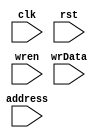
// This program was cloned from: https://github.com/kasrahj/Computer-Aided-Design
// License: MIT License

module Ofm(clk,rst, address, wrData, wren);
	input clk;
	input rst;
	input[7:0] address;
	input[7:0] wrData;
	input wren;

	reg [7:0] mem[0:127][0:3];

	integer i, j;
	always@(posedge clk, posedge rst)
	begin
		if(rst)begin   
			for (i = 0; i < 127; i = i + 1)
          		for (j = 0; j < 4; j = j + 1)
            		mem[i][j] <= 8'h00;
		end
		else if(wren)
		begin
			mem[address / 4][address % 4] <= wrData;
		end
	end

endmodule